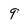
Character: 9